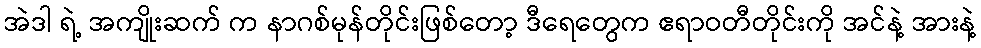
အဲဒါ ရဲ့ အကျိုးဆက် က နာဂစ်မုန်တိုင်းဖြစ်တော့ ဒီရေတွေက ဧရာဝတီတိုင်းကို အင်နဲ့ အားနဲ့